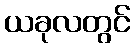
ယခုလတွင်